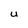
Character: U